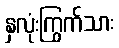
နှလုံးကြွက်သား